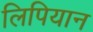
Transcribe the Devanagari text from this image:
लिपियान